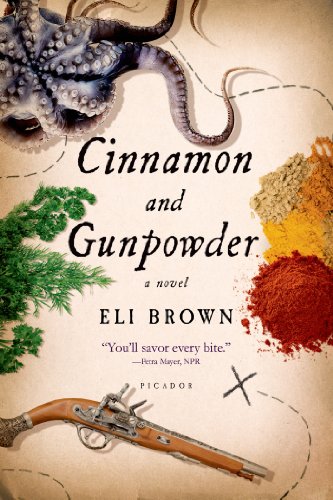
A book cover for Cinnamon and Gunpowder: A Novel; Eli Brown; Literature & Fiction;